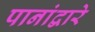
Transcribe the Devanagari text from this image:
पानांद्वारे